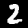
Digit: 2